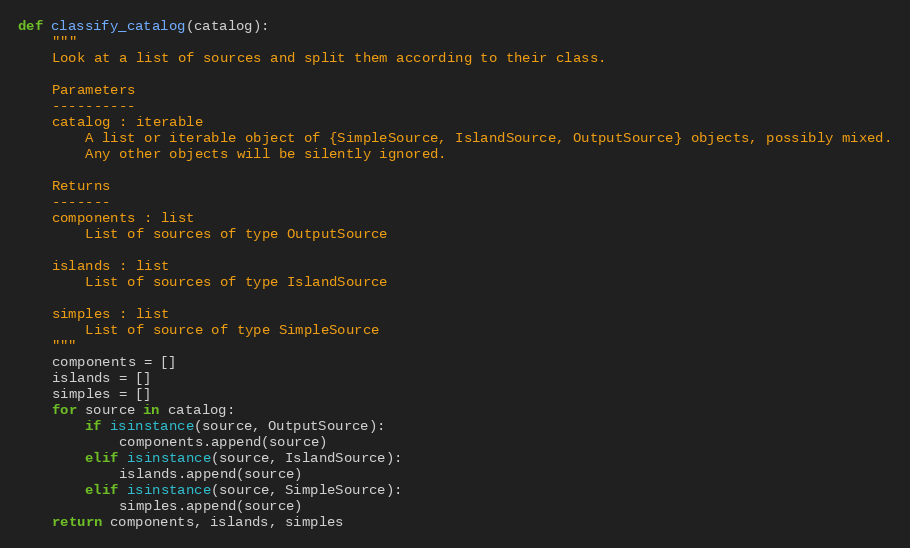
Language: Python
def classify_catalog(catalog):
    """
    Look at a list of sources and split them according to their class.

    Parameters
    ----------
    catalog : iterable
        A list or iterable object of {SimpleSource, IslandSource, OutputSource} objects, possibly mixed.
        Any other objects will be silently ignored.

    Returns
    -------
    components : list
        List of sources of type OutputSource

    islands : list
        List of sources of type IslandSource

    simples : list
        List of source of type SimpleSource
    """
    components = []
    islands = []
    simples = []
    for source in catalog:
        if isinstance(source, OutputSource):
            components.append(source)
        elif isinstance(source, IslandSource):
            islands.append(source)
        elif isinstance(source, SimpleSource):
            simples.append(source)
    return components, islands, simples